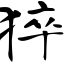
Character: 猝